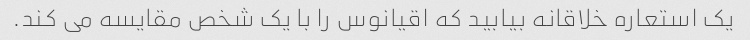
یک استعاره خلاقانه بیابید که اقیانوس را با یک شخص مقایسه می کند.